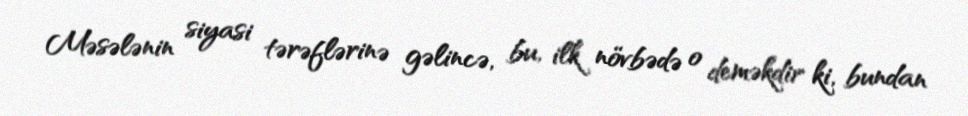
Məsələnin siyasi tərəflərinə gəlincə, bu, ilk növbədə o deməkdir ki, bundan